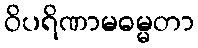
ဝိပရိဏာမဓမ္မတာ